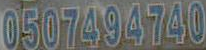
0507494740